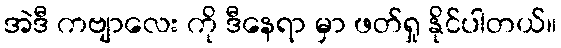
အဲဒီ ကဗျာလေး ကို ဒီနေရာ မှာ ဖတ်ရှု နိုင်ပါတယ်။